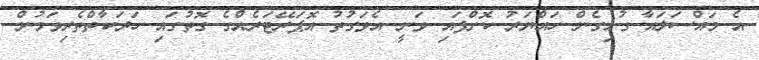
އެ މައްސަލައާ ގުޅިގެން ހައްޔަރު ކޮށްފައި ވަނީ އެވަގުތު އޮޕަރޭޓަރެއްގެ ގޮތުގައި ހަރަކާތްތެރިވަމުން